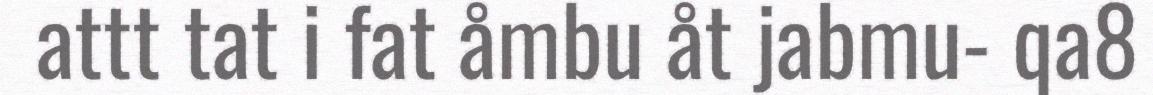
attt tat i fat åmbu åt jabmu- qa8